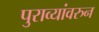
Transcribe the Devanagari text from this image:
पुराव्यांवरुन